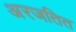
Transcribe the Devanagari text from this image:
अरजतित